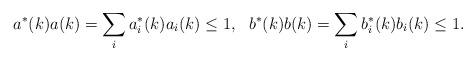
LaTeX: \begin{align*}a^*(k)a(k)=\sum_ia_i^*(k)a_i(k)\leq1,\ \ b^*(k)b(k)=\sum_ib_i^*(k)b_i(k)\leq1.\end{align*}